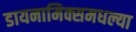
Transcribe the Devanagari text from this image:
डायनामिक्समधल्या